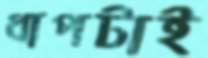
ধাপটাই